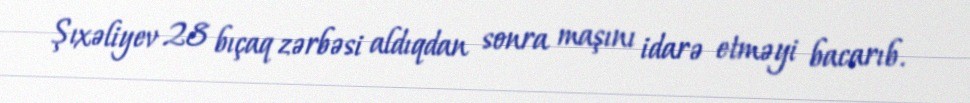
Şıxəliyev 28 bıçaq zərbəsi aldıqdan sonra maşını idarə etməyi bacarıb.